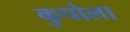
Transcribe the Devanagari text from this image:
कुपोला